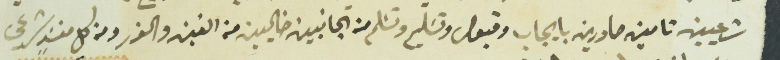
شرعيين تامين صادرين بايجاب وقبول وتسَليم وتسَلم من الجانبين خاليين من الغبن والغرر ومن كل سنَدٍ شرعي